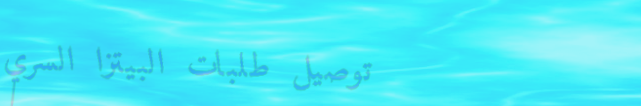
توصيل طلبات البيتزا السري